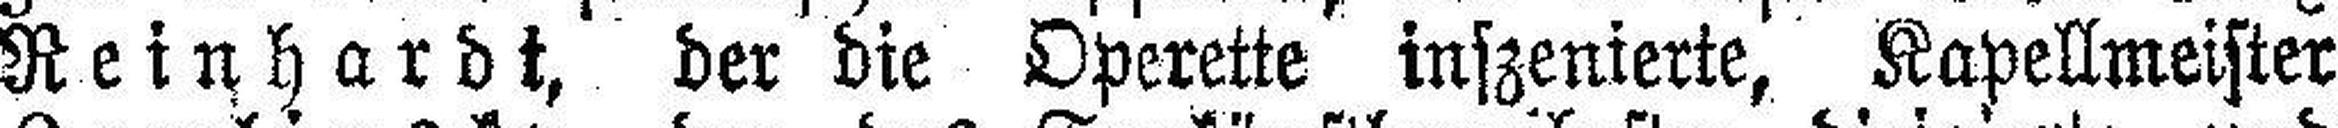
Reinhardt, der die Operette inszenierte, Kapellmeister